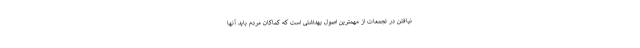
نیافتن در تجمعات از مهمترین اصول بهداشتی است که کماکان مردم باید آنها